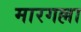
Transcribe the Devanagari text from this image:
मारगल्ला